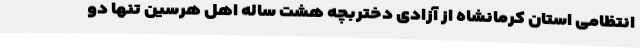
انتظامی استان کرمانشاه از آزادی دختربچه هشت ساله اهل هرسین تنها دو